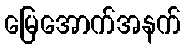
မြေအောက်အနက်